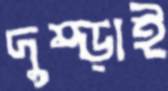
দুম্‌ড়াই